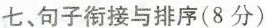
七、句子衔接与排序(8分)